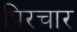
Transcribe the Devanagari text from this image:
पिरचार